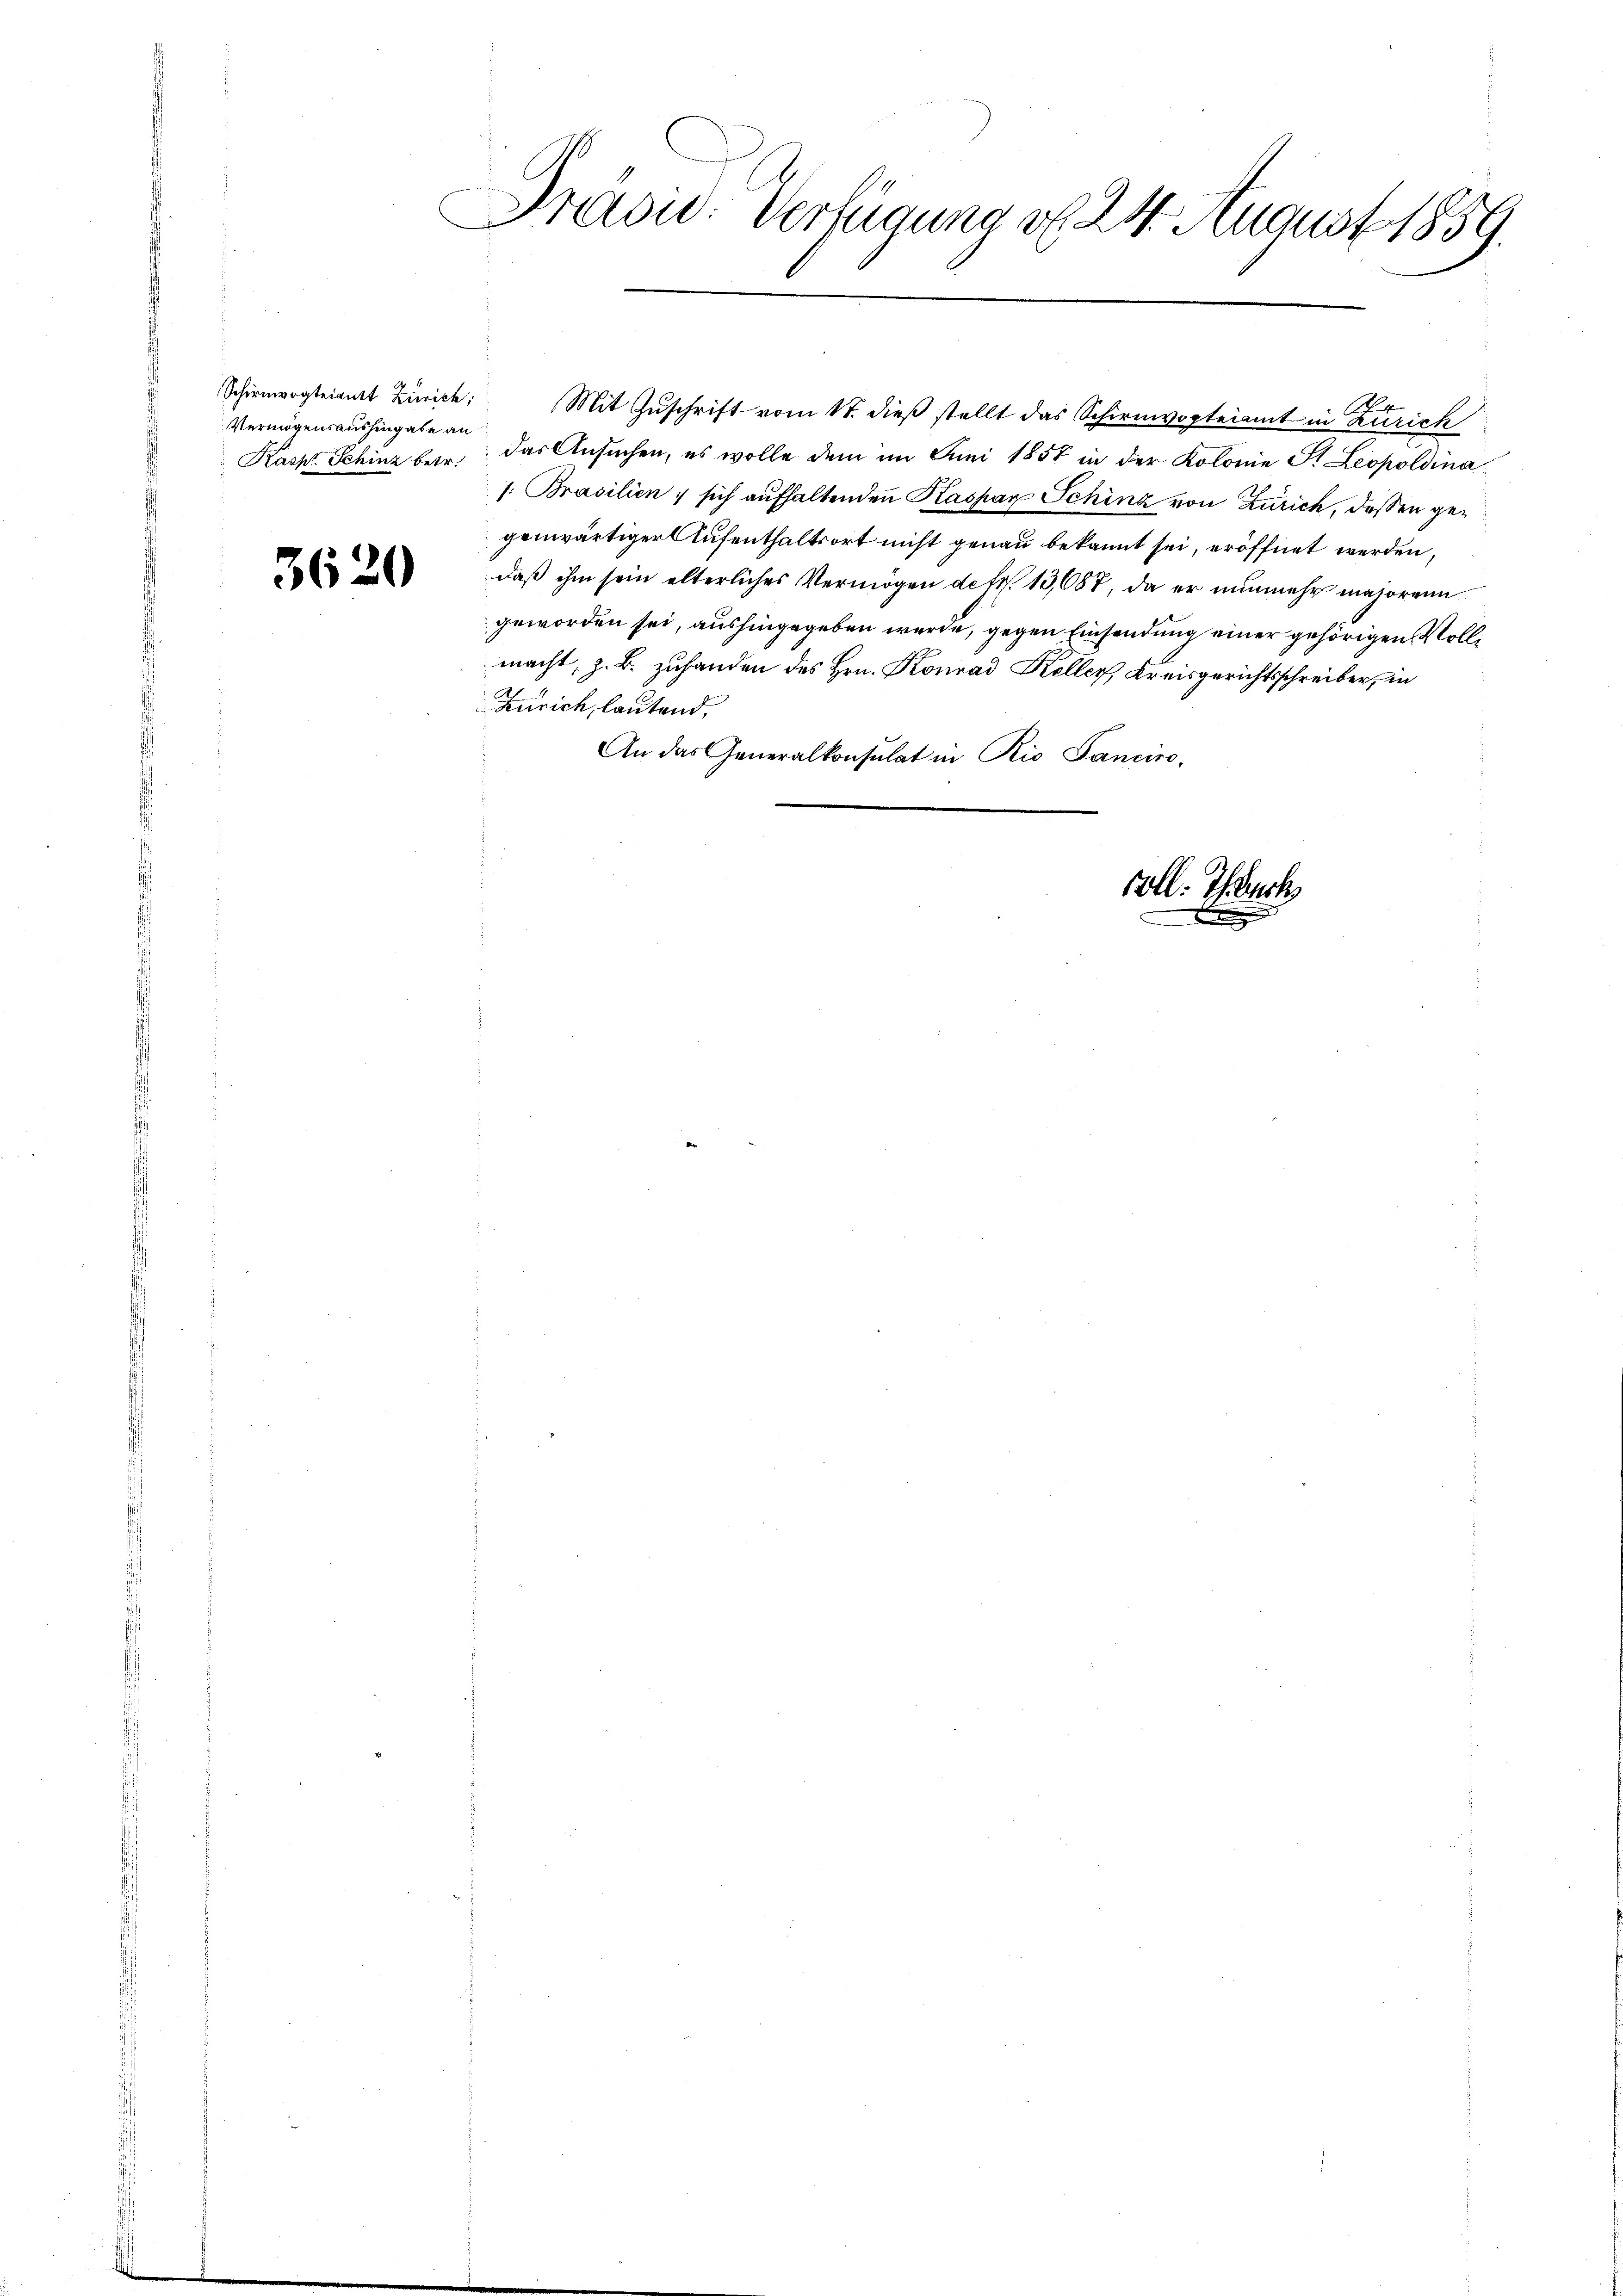
Schirmvogteiamt Zürich,
Vermögensaushingabe an

3620

Präsid. Verfügung d. 24. August 1859.
.

Mit Zuschrift vom 17. dieß stellt das Schirmvogteiamt in Zürich
Kaske Schinz bei das Ansuchen, es wolle dem im Juni 1851 in der Kolonie St. Leopoldina
1. Prasilien, sich aufhaltenden Kaspar Schinz von Zürich, deßen gegenwärtiger Aufenthaltsort nicht genau bekannt sei, eröffnet werden,
daß ihm sein elterliches Vermögen detr. 13,687, da er nunmehr majorenn
geworden sei, aushingegeben werde, gegen Einsendung einer gehörigen Vollmacht, z. B. zuhanden des Hrn. Konrad Keller, Kreisgerichtsschreiber, in
Zürich, lautend,
An das Generalkonsulat in Rio Sanciro-

voll. Thauch